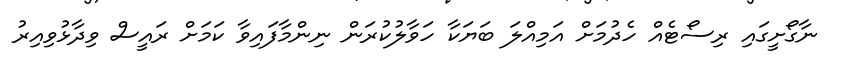
ނާގޯށީގައި ރިސޯޓެއް ހެދުމަށް އަމިއްލަ ބަޔަކާ ހަވާލުކުރަން ނިންމާފައިވާ ކަމަށް ރައީސް ވިދާޅުވިއިރު